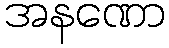
အနဏော